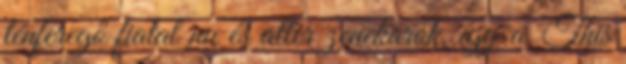
ténferegő fiatal nu és alter zenekarok, így a ’This